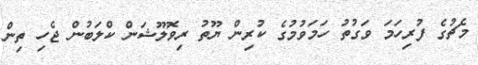
މެޗުގެ ފުރިހަމަ ވަގުތު ހަމަވުމުގެ ކުރިން ޔޫތު ރިވޮލޫޝަން ކްލަބުން ޖެހި ތިން